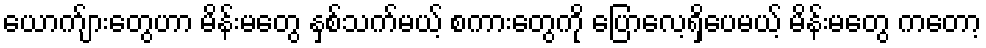
ယောက်ျားတွေဟာ မိန်းမတွေ နှစ်သက်မယ့် စကားတွေကို ပြောလေ့ရှိပေမယ့် မိန်းမတွေ ကတော့